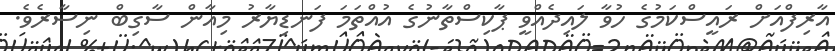
އާރިފްއަށް ރައީސްކަމުގެ ހުވާ ލައިދެއްވީ ޕާކިސްތާނުގެ އުއްތަމަ ފަނޑިޔާރު މިއާން ސާގިބް ނިސާރެވެ.